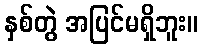
နှစ်တွဲ အပြင်မရှိဘူး။